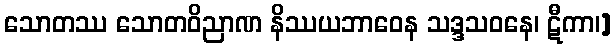
သောတဿ သောတဝိညာဏ နိဿယဘာဝေန သဒ္ဒသဝနေ၊ ဋီကာ၊]